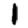
Digit: 1